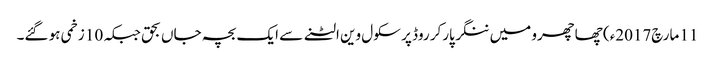
11 مارچ2017ء) چھاچھرو میں ننگر پارکر روڈ پر سکول وین الٹنے سے ایک بچہ جاں بحق جبکہ 10 زخمی ہو گئے۔